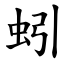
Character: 蚓